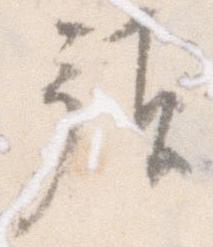
預